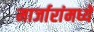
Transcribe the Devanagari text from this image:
मार्जारांमध्ये